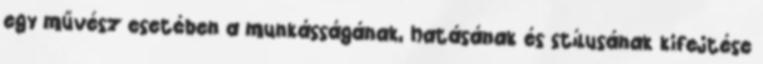
egy művész esetében a munkásságának, hatásának és stílusának kifejtése